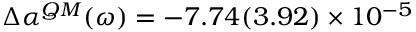
\Delta \alpha ^ { Q M } ( \omega ) = - 7 . 7 4 ( 3 . 9 2 ) \times 1 0 ^ { - 5 }